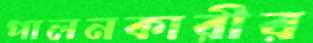
পালনকারীর